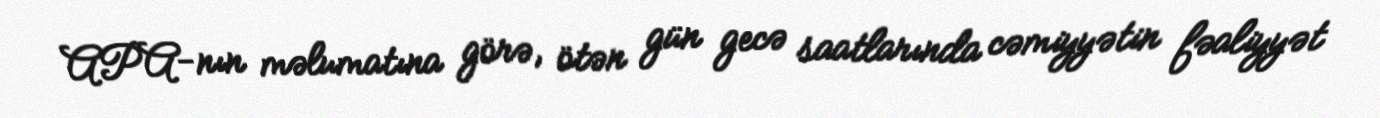
APA-nın məlumatına görə, ötən gün gecə saatlarında cəmiyyətin fəaliyyət